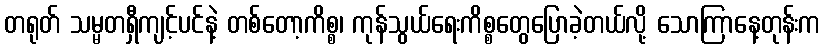
တရုတ် သမ္မတရှီကျင့်ပင်နဲ့ တစ်တော့ကိစ္စ၊ ကုန်သွယ်ရေးကိစ္စတွေပြောခဲ့တယ်လို့ သောကြာနေ့တုန်းက